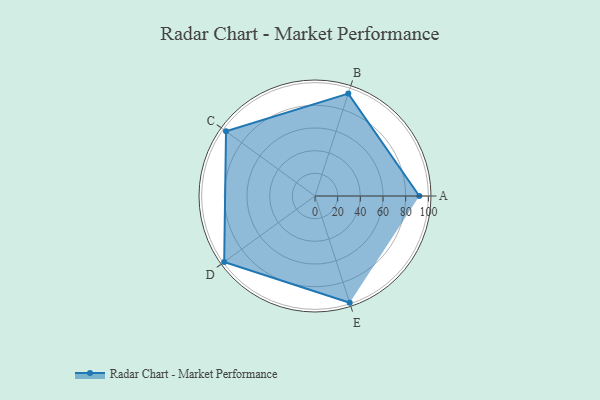
{"axis": {"x": "Skill", "y": "Score"}, "legend": ["Profile"], "data": [{"x": "A", "y": 92.0, "type": "Profile"}, {"x": "B", "y": 95.0, "type": "Profile"}, {"x": "C", "y": 97.0, "type": "Profile"}, {"x": "D", "y": 99, "type": "Profile"}, {"x": "E", "y": 99, "type": "Profile"}]}